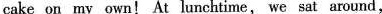
cake on my own! At lunchtime, we sat around,